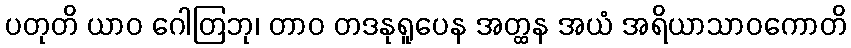
ပတုတိ ယာဝ ဂေါတြဘု၊ တာဝ တဒနုရူပေန အတ္ထန အယံ အရိယာသာဝကောတိ